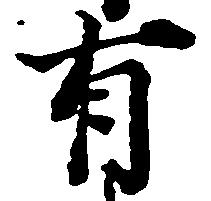
有